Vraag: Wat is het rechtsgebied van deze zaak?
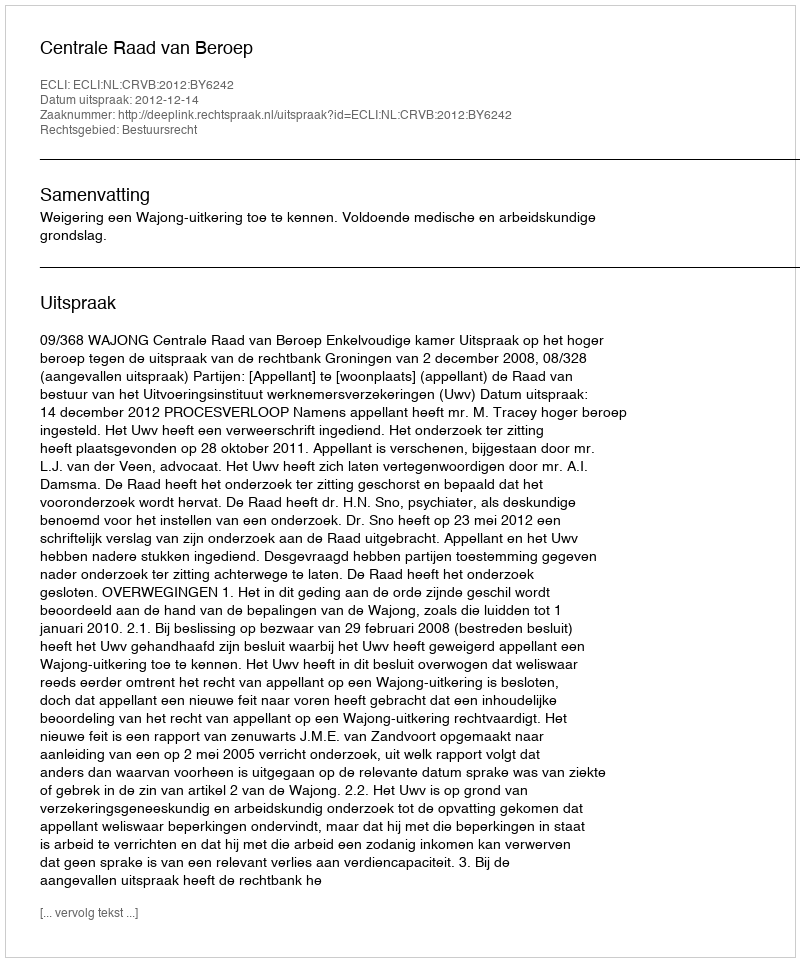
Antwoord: Bestuursrecht